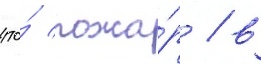
что́ пожа́р / в